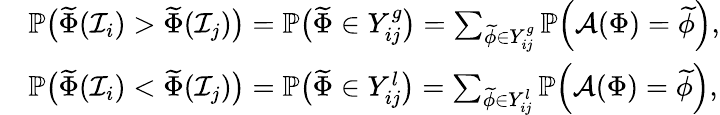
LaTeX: \begin{array}{rl}&{\mathbb{P}\big(\widetilde{\Phi}(\mathcal{I}_{i})>\widetilde{\Phi}(\mathcal{I}_{j})\big)=\mathbb{P}\big(\widetilde{\Phi}\in Y_{ij}^{g}\big)=\sum_{\widetilde{\phi}\in Y_{ij}^{g}}\mathbb{P}\Big(\mathcal{A}(\Phi)=\widetilde{\phi}\Big),}\\ &{\mathbb{P}\big(\widetilde{\Phi}(\mathcal{I}_{i})<\widetilde{\Phi}(\mathcal{I}_{j})\big)=\mathbb{P}\big(\widetilde{\Phi}\in Y_{ij}^{l}\big)=\sum_{\widetilde{\phi}\in Y_{ij}^{l}}\mathbb{P}\Big(\mathcal{A}(\Phi)=\widetilde{\phi}\Big),}\end{array}